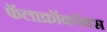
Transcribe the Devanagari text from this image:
फॅलाक्रॉकरॅक्स